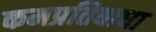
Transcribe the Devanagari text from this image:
कमप्रतिबाधा